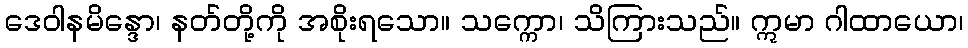
ဒေဝါနမိန္ဒော၊ နတ်တို့ကို အစိုးရသော။ သက္ကော၊ သိကြားသည်။ ဣမာ ဂါထာယော၊